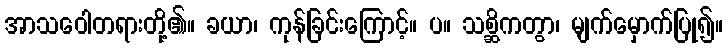
အာသဝေါတရားတို့၏။ ခယာ၊ ကုန်ခြင်းကြောင့်။ ပ။ သစ္ဆိကတွာ၊ မျက်မှောက်ပြု၍။